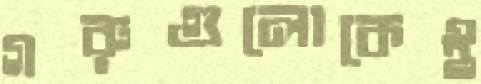
গরুগুলোকেই